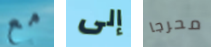
مع إلى محرجا